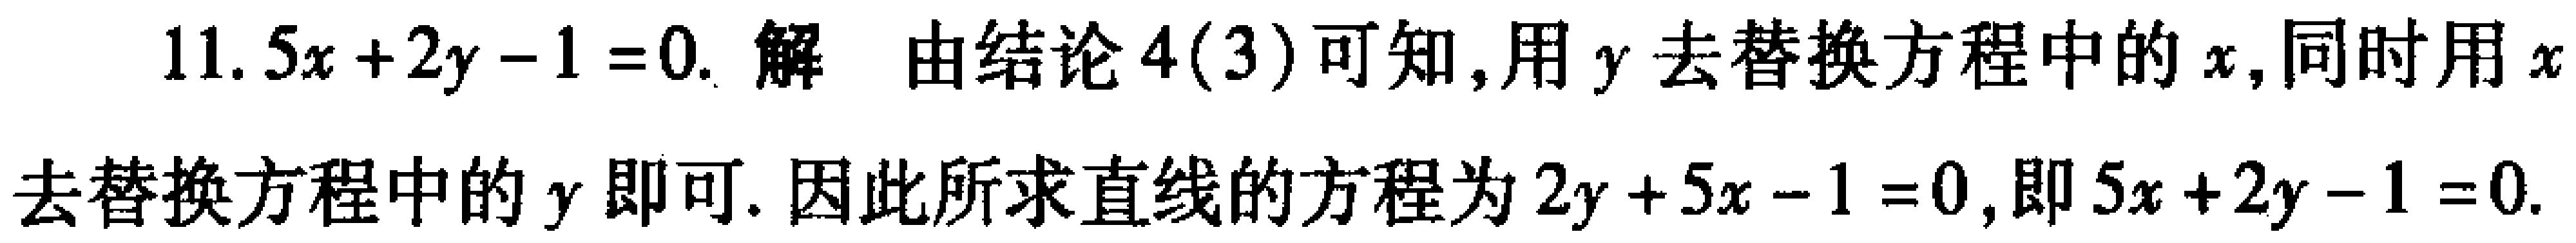
11. \(5x + 2y - 1 = 0\). 解 由结论 \(4(3)\)可知,用 \(y\)去替换方程中的 \(x\),同时用 \(x\)去替换方程中的 \(y\)即可. 因此所求直线的方程为 \(2y + 5x - 1 = 0\),即 \(5x + 2y - 1 = 0\).